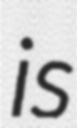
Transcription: is